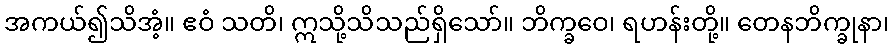
အကယ်၍သိအံ့။ ဧဝံ သတိ၊ ဣသို့သိသည်ရှိသော်။ ဘိက္ခဝေ၊ ရဟန်းတို့။ တေနဘိက္ခုနာ၊